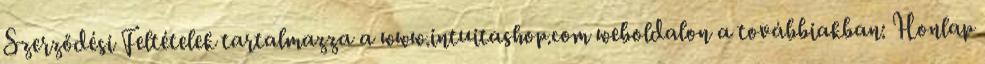
Szerződési Feltételek tartalmazza a www.intuitashop.com weboldalon a továbbiakban: Honlap